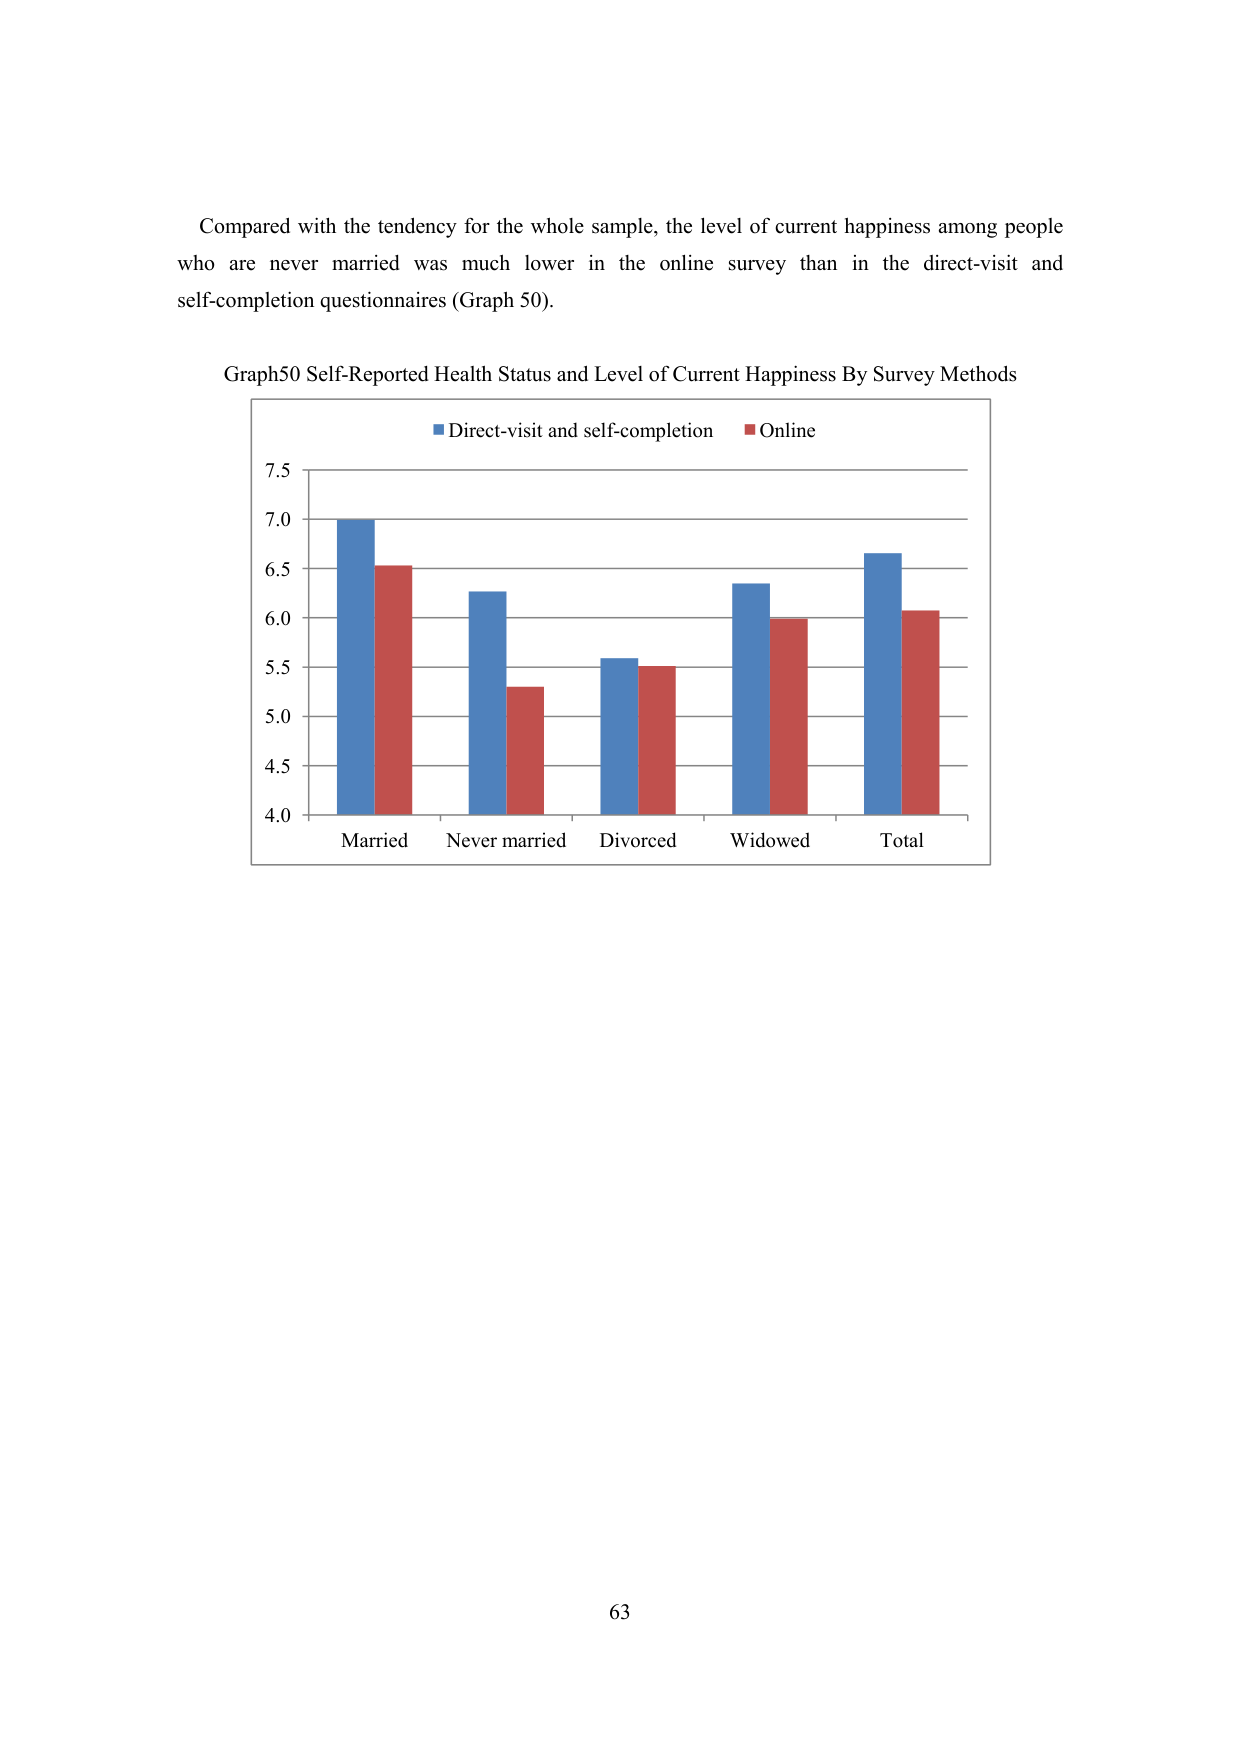
Compared with the tendency for the whole sample, the level of current happiness among people who are never married was much lower in the online survey than in the direct-visit and self-completion questionnaires (Graph 50).

Graph50 Self-Reported Health Status and Level of Current Happiness By Survey Methods
■ Direct-visit and self-completion ■ Online
7.5
7.0
6.5
6.0
5.5
5.0
4.5
4.0
Married Never married Divorced Widowed Total

63